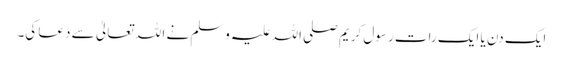
ایک دن یا ایک رات رسول کریم صلی اللہ علیہ وسلم نے اللہ تعالیٰ سے دعا کی۔